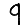
Digit: 9